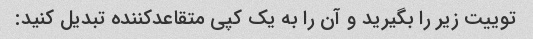
توییت زیر را بگیرید و آن را به یک کپی متقاعدکننده تبدیل کنید: